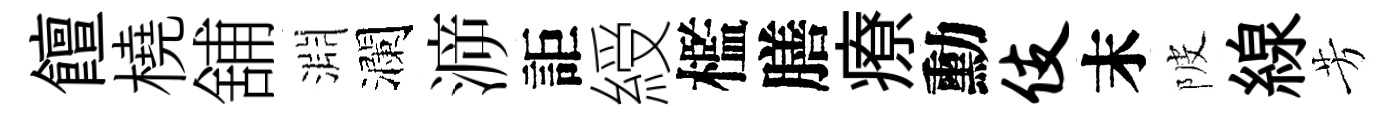
饘橈舖淵瀾㴑詎綬檻膳療勳伎末陂線芳